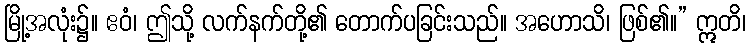
မြို့အလုံး၌။ ဧဝံ၊ ဤသို့ လက်နက်တို့၏ တောက်ပခြင်းသည်။ အဟောသိ၊ ဖြစ်၏။” ဣတိ၊